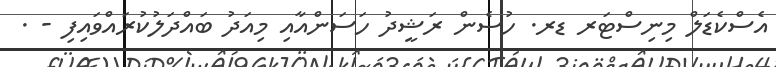
އެސްކެޑަލް މިނިސްޓަރ ޑރ. ހުސެން ރަޝީދު ހަސަންއާއި މިއަދު ބައްދަލުކުރައްވައިފި - .